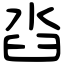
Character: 㳫